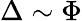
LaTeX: \Delta\sim\Phi